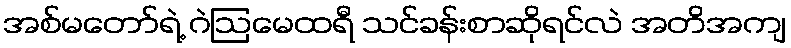
အစ်မတော်ရဲ့ ဂဲဩမေထရီ သင်ခန်းစာဆိုရင်လဲ အတိအကျ